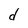
Character: d